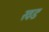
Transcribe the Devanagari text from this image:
खड